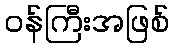
ဝန်ကြီးအဖြစ်